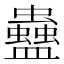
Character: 蠱